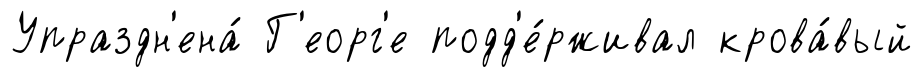
Упраздн'ена́ Г'еорг'е подд'е́рживал крова́вый